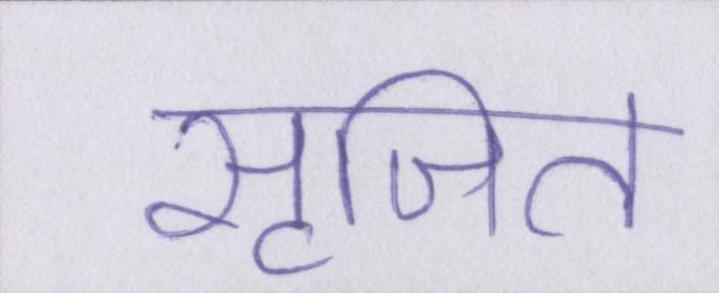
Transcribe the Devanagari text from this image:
सृजित